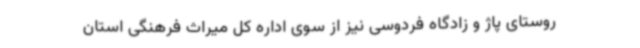
روستای پاژ و زادگاه فردوسی نیز از سوی اداره کل میراث فرهنگی استان